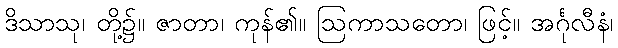
ဒိသာသု၊ တို့၌။ ဇာတာ၊ ကုန်၏။ ဩကာသတော၊ ဖြင့်။ အင်္ဂုလီနံ၊